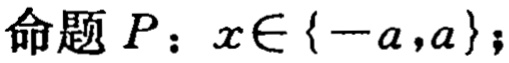
命题 \(P\)：\(x\in\{-a,a\}\)；